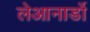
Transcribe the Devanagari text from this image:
लेआनार्डो